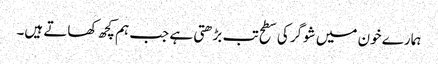
ہمارے خون میں شوگر کی سطح تب بڑھتی ہے جب ہم کچھ کھاتے ہیں۔